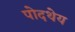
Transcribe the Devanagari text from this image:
पोदथेय